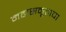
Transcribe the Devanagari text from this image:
महासमूहाचा